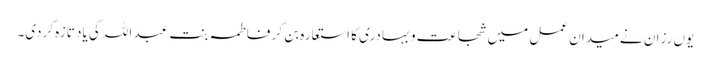
یوں رزان نے میدان عمل میں شجاعت و بہادری کا استعارہ بن کر فاطمہ بنت عبد اللہ کی یاد تازہ کردی۔